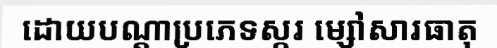
ដោយបណ្តាប្រភេទស្ករ ម្សៅសារធាតុ